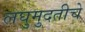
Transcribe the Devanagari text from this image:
लघुमुदतीचे